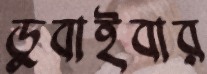
ডুবাইবার